Leaving Certificate Examination, 1920
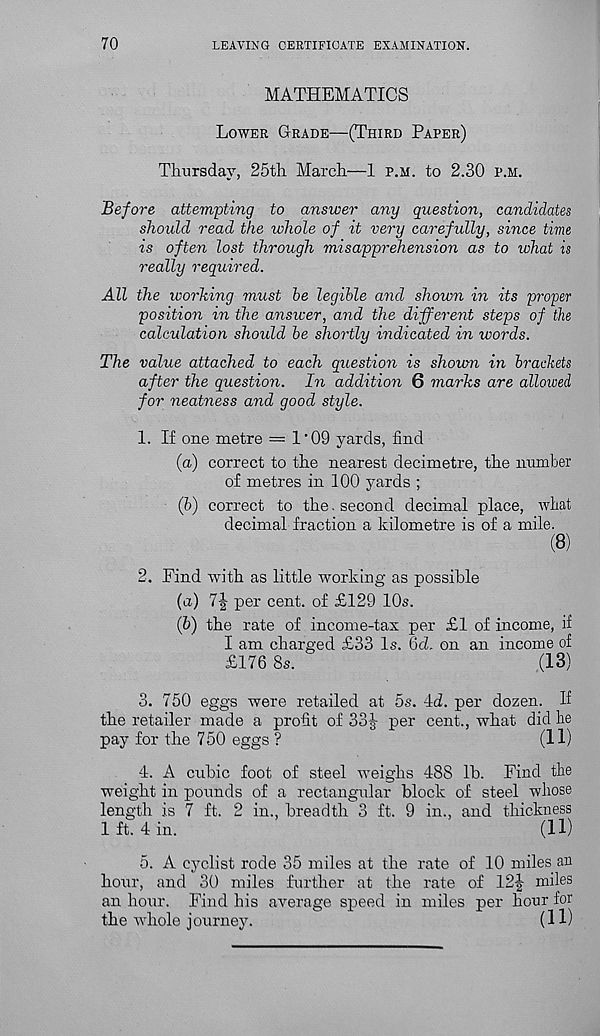
70
LEAVING CERTIFICATE EXAMINATION.
MATHEMATICS
Lower Grade—(Third Paper)
Thursday, 25th March—1 p.m. to 2.30 p.m.
Before attempting to answer any question, candidates
should read the whole of it very carefully, since time
is often lost through misapprehension as to what is
really required.
All the working must be legible and shown in its proper
position in the answer, and the different steps of the
calculation should be shortly indicated in words.
The value attached to each question is shoum in brackets
after the question. In addition 6 marks are allowed
for neatness and good style.
1. If one metre — 1’09 yards, find
(a) correct to the nearest decimetre, the number
of metres in 100 yards ;
(b) correct to the. second decimal place, what
decimal fraction a kilometre is of a mile.
(8)
2. Find with as little working as possible
(а) 7| per cent, of £129 10s.
(б) the rate of income-tax per £1 of income, if
I am charged £33 Is. Qd. on an income of
£176 8s.
(13)
3. 750 eggs were retailed at os. id. per dozen. If
the retailer made a profit of 331 per cent., what did he
pay for the 750 eggs ?
(11)
4. A cubic foot of steel weighs 488 lb. Find the
weight in pounds of a rectangular block of steel whose
length is 7 ft. 2 in., breadth 3 ft. 9 in., and thickness
1 ft. 4 in.
(H)
5. A cyclist rode 35 miles at the rate of 10 miles an
hour, and 30 miles further at the rate of 12| miles
an hour. Find his average speed in miles per hour for
the whole journey.
(11)